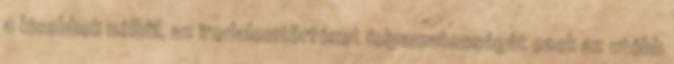
a kisebbek nélkül, az irodalomtörténet folyamatosságát ezek az utóbb